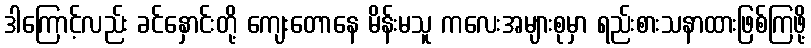
ဒါကြောင့်လည်း ခင်နှောင်းတို့ ကျေးတောနေ မိန်းမသူ ကလေးအများစုမှာ ရည်းစားသနာထားဖြစ်ကြဖို့